Report of the Indian Hemp Drugs Commission, 1894-1895 - Volume IV
Year: 1894
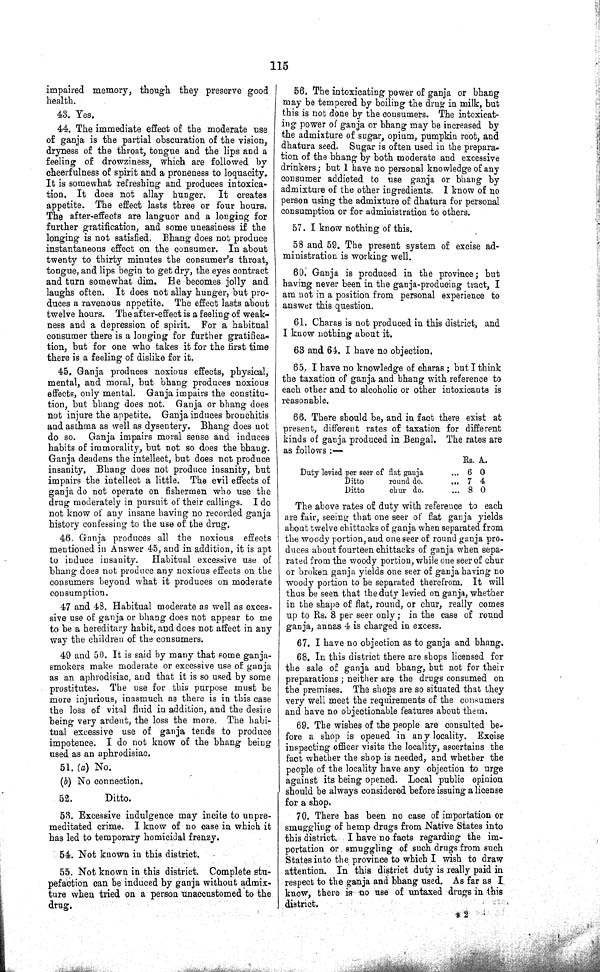
115
impaired memory, though they preserve good
health.
43. Yes.
44. The immediate effect of the moderate use
of ganja is the partial obscuration of the vision,
dryness of the throat, tongue and the lips and a
feeling of drowziness, which are followed by
cheerfulness of spirit and a proneness to loquacity.
It is somewhat refreshing and produces intoxica¬
tion. It does not allay hunger. It creates
appetite. The effect lasts three or four hours.
The after-effects are languor and a longing for
further gratification, and some uneasiness if the
longing is not satisfied. Bhang does not produce
instantaneous effect on the consumer. In about
twenty to thirty minutes the consumer's throat,
tongue, and lips begin to get dry, the eyes contract
and turn somewhat dim. He becomes jolly and
laughs often. It does not allay hunger, but pro¬
duces a ravenous appetite. The effect lasts about
twelve hours. The after-effect is a feeling of weak¬
ness and a depression of spirit. For a habitual
consumer there is a longing for further gratifica¬
tion, but for one who takes it for the first time
there is a feeling of dislike for it.
45. Ganja produces noxious effects, physical,
mental, and moral, but bhang produces noxious
effects, only mental. Ganja impairs the constitu¬
tion, but bhang does not. Ganja or bhang does
not injure the appetite. Ganja induces bronchitis
and asthma as well as dysentery. Bhang does not
do so. Ganja impairs moral sense and induces
habits of immorality, but not so does the bhang.
Ganja deadens the intellect, but does not produce
insanity. Bhang does not produce insanity, but
impairs the intellect a little. The evil effects of
ganja do not operate on fishermen who use the
drug moderately in pursuit of their callings. I do
not know of any insane having no recorded ganja
history confessing to the use of the drug.
46. Ganja produces all the noxious effects
mentioned in Answer 45, and in addition, it is apt
to induce insanity. Habitual excessive use of
bhang does not produce any noxious effects on the
consumers beyond what it produces on moderate
consumption.
47 and 48. Habitual moderate as well as exces¬
sive use of ganja or bhang does not appear to me
to be a hereditary habit, and does not affect in any
way the children of the consumers.
49 and 50. It is said by many that some ganja-
smokers make moderate or excessive use of ganja
as an aphrodisiac, and that it is so used by some
prostitutes. The use for this purpose must be
more injurious, inasmuch as there is in this case
the loss of vital fluid in addition, and the desire
being very ardent, the loss the more. The habi¬
tual excessive use of ganja tends to produce
impotence. I do not know of the bhang being
used as an aphrodisiac.
51. (a) No.
(b) No connection.
52.
Ditto.
53. Excessive indulgence may incite to unpre¬
meditated crime. I know of no case in which it
has led to temporary homicidal frenzy.
54. Not known in this district.
55. Not known in this district. Complete stu¬
pefaction can be induced by ganja without admix¬
ture when tried on a person unaccustomed to the
drug.
56. The intoxicating power of ganja or bhang
may be tempered by boiling the drug in milk, but
this is not done by the consumers. The intoxicat¬
ing power of ganja or bhang may be increased by
the admixture of sugar, opium, pumpkin root, and
dhatura seed. Sugar is often used in the prepara¬
tion of the bhang by both moderate and excessive
drinkers; but I have no personal knowledge of any
consumer addicted to use ganja or bhang by
admixture of the other ingredients. I know of no
person using the admixture of dhatura for personal
consumption or for administration to others.
57. I know nothing of this.
58 and 59. The present system of excise ad¬
ministration is working well.
60. Ganja is produced in the province; but
having never been in the ganja-producing tract, I
am not in a position from personal experience to
answer this question.
61. Charas is not produced in this district, and
I know nothing about it.
63 and 64. I have no objection.
65. I have no knowledge of charas; but I think
the taxation of ganja and bhang with reference to
each other and to alcoholic or other intoxicants is
reasonable.
66. There should be, and in fact there exist at
present, different rates of taxation for different
kinds of ganja produced in Bengal. The rates are
as follows:—
Rs. A.
Duty levied per seer of flat ganja
6 0
Ditto
round do.
7 4
Ditto
chur do.
8 0
The above rates of duty with reference to each
are fair, seeing that one seer of flat ganja yields
about twelve chittacks of ganja when separated from
the woody portion, and one seer of round ganja pro¬
duces about fourteen chittacks of ganja when sepa¬
rated from the woody portion, while one seer of chur
or broken ganja yields one seer of ganja having no
woody portion to be separated therefrom. It will
thus be seen that the duty levied on ganja, whether
in the shape of flat, round, or chur, really comes
up to Rs. 8 per seer only; in the case of round
ganja, annas 4 is charged in excess.
67. I have no objection as to ganja and bhang.
68. In this district there are shops licensed for
the sale of ganja and bhang, but not for their
preparations; neither are the drugs consumed on
the premises. The shops are so situated that they
very well meet the requirements of the consumers
and have no objectionable features about them.
69. The wishes of the people are consulted be-
fore a shop is opened in any locality. Excise
inspecting officer visits the locality, ascertains the
fact whether the shop is needed, and whether the
people of the locality have any objection to urge
against its being opened. Local public opinion
should be always considered before issuing a license
for a shop.
70. There has been no case of importation or
smuggling of hemp drugs from Native States into
this district. I have no facts regarding the im¬
portation or smuggling of such drugs from such
States into the province to which I wish to draw
attention. In this district duty is really paid in
respect to the ganja and bhang used. As far as I
know, there is no use of untaxed drugs in this
district.
s 2